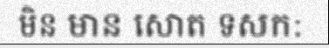
មិន មាន សោត ទសក: